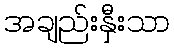
အချည်းနှီးသာ